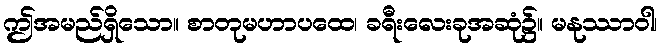
ဤအမည်ရှိသော။ စာတုမဟာပထေ၊ ခရီးလေးခုအဆုံ၌။ မနုဿာဝါ၊